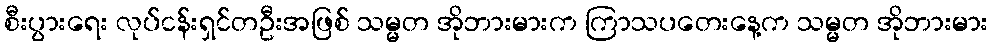
စီးပွားရေး လုပ်ငန်းရှင်တဦးအဖြစ် သမ္မတ အိုဘားမားက ကြာသပတေးနေ့က သမ္မတ အိုဘားမား